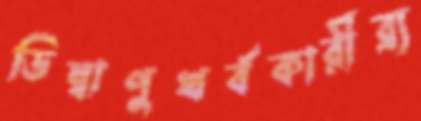
ডিম্বাণুখর্বকারীব্র্য